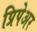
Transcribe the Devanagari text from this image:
प्रिपेअर